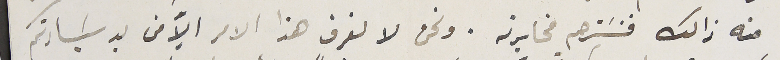
منه ذالك فنسَترحم مخابرته. ونحن لا نعرف هذا الامر الاّ من يد سَيادتكم